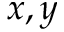
x , y